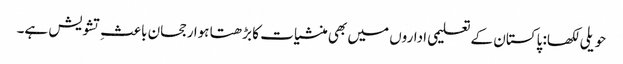
حویلی لکھا: پاکستان کے تعلیمی اداروں میں بھی منشیات کا بڑھتا ہوا رجحان باعثِ تشویش ہے۔